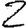
Digit: 2